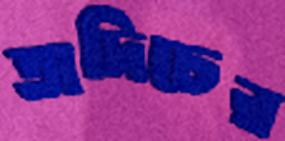
তাদিচের